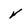
Character: V